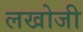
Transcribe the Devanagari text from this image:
लखोजी